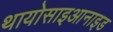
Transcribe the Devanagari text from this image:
थायोसाइआनाइड